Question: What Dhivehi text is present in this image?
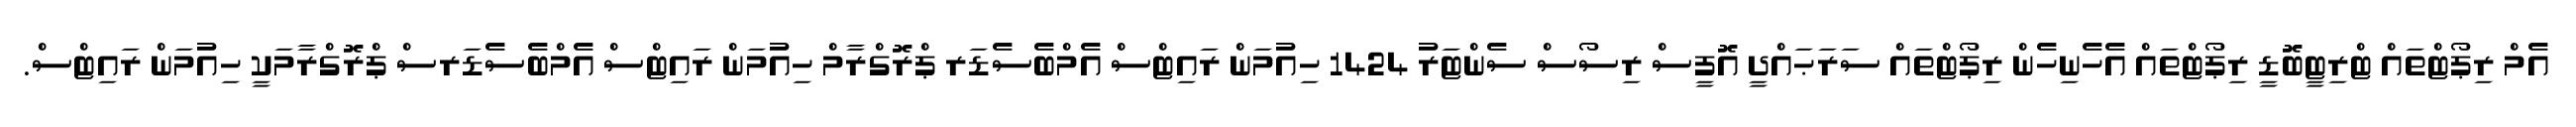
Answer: އެމް ރިޕޯޓްތައް ޓްރިޓީބޮޑީ ރިޕޯޓްތައް އެހެނިހެން ރިޕޯޓްތައް ސަރަޙައްދީ އޮފީސް ރިސޯސް ސެންޓަރު 1424 ހިއުމަން ރައިޓްސް އެމްބެސެޑަރ ޕްރޮގްރާމް ހިއުމަން ރައިޓްސް އެމްބެސެޑަރސް ޕްރޮގްރާމަކީ ހިއުމަން ރައިޓްސް.